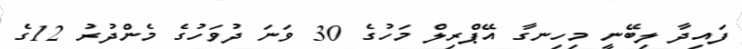
ފައިދާ ލިބޭނީ މިހިނގާ އޭޕްރިލް މަހުގެ 30 ވަނަ ދުވަހުގެ މެންދުރު 12ގެ